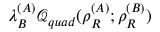
\lambda _ { B } ^ { ( A ) } \mathcal { Q } _ { q u a d } ( \rho _ { R } ^ { ( A ) } ; \rho _ { R } ^ { ( B ) } )